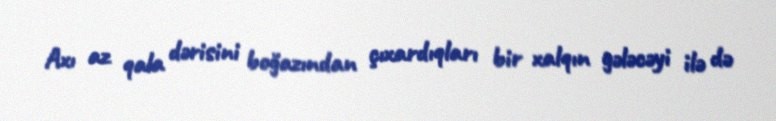
Axı az qala dərisini boğazından çıxardıqları bir xalqın gələcəyi ilə də